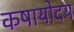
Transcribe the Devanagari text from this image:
कषायोदय